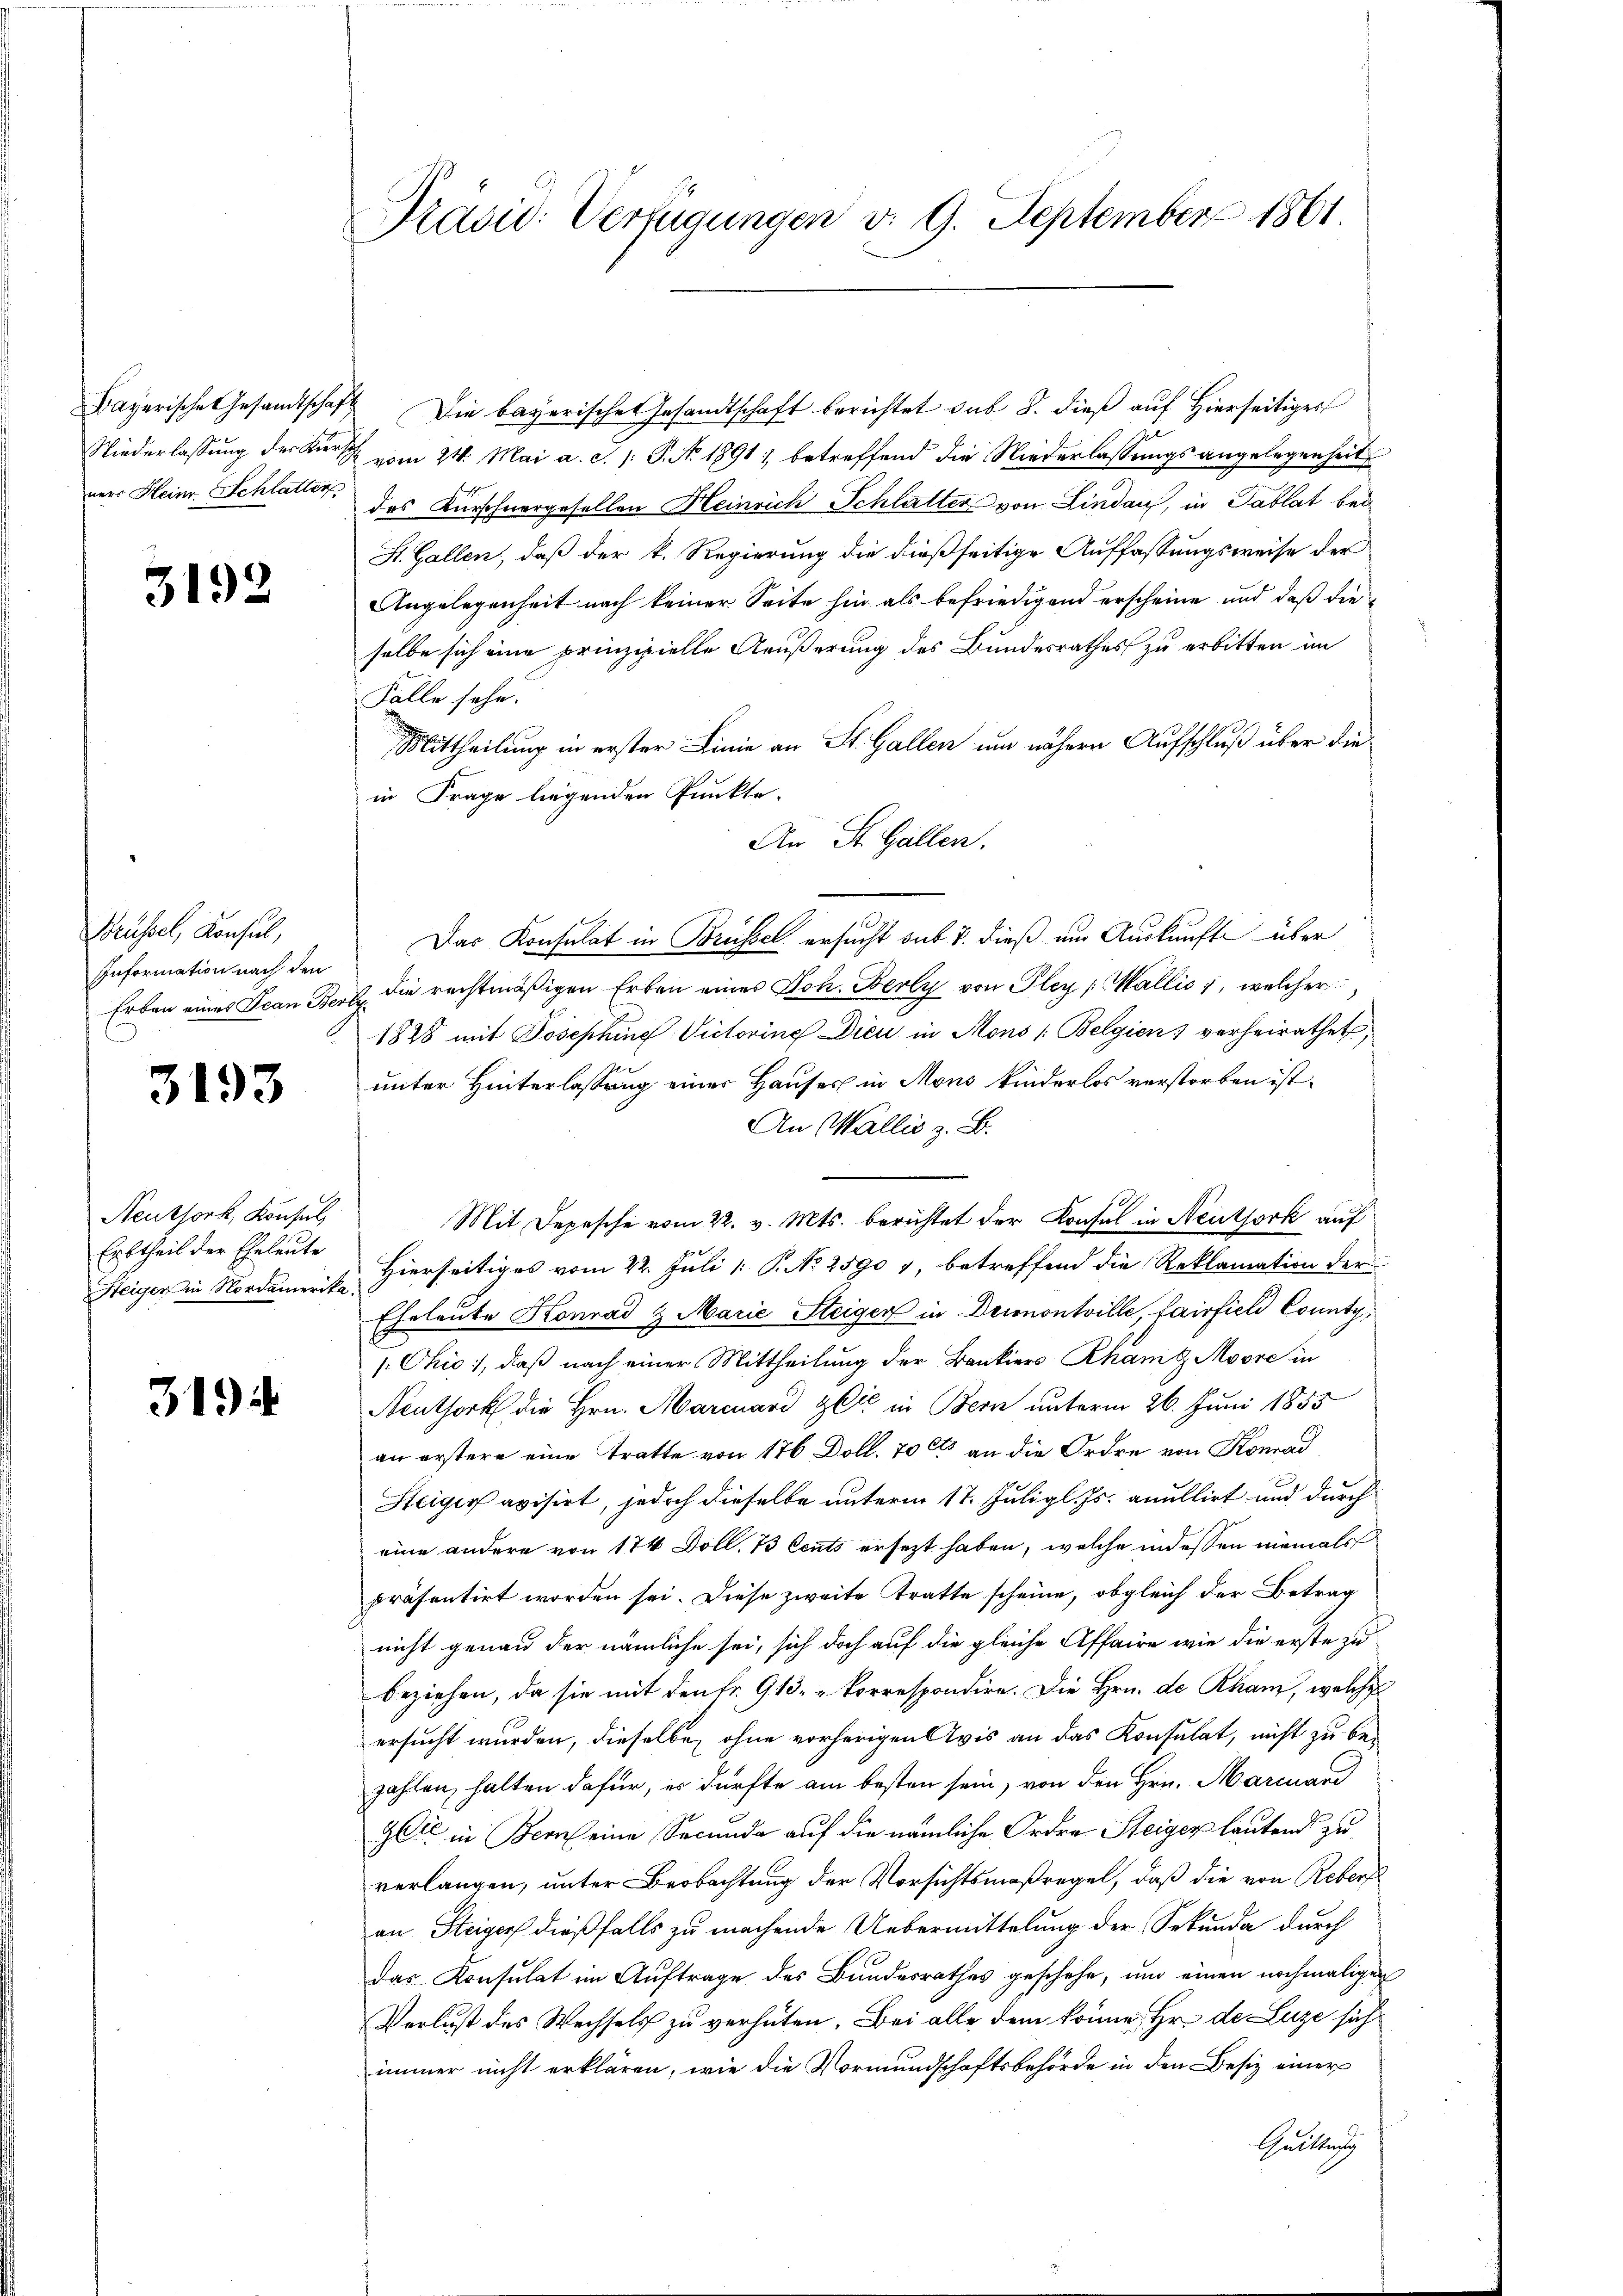
ners Heinr. Schlatter

3192

Brüssel, Konsul,
Information nach den

3193

Neuksork, Konsul
Erbtheil der Eheleute

3194

Präsid. Verfügungen v. 9. September 1861.

Bayerische Gesandtschaft. Die bayerische Gesandtschaft berichtet sub 8. dieß auf hierseitiges
Niederlassung des Zürich vom 24. Mai a. c. 1: P. Nr. 1891) betreffend die Niederlassungsangelegenheit
das Kürschnergesellen Heinrich Schlatter von Lindau, in Tablat bei
St. Gallen, daß der k. Regierung die dießseitige Auffassungsweise der
Angelegenheit nach keiner Seite hin als befriedigend erscheine und daß die
selbe sich eine prinzipielle Aeußerung des Bundesrathes zu erbitten im
Fälle sehe.
Mittheilung in erster Linie an St. Gallen um nähern Aufschluß über die
in Frage liegenden Punkte.
An St. Gallen.
Das Konsulat in Brüsse ersucht sub 7. dieß um Auskunft über
Erben eines Jean Bern die rechtmäßigen Erben eines Joh. Berly von Pley Wallis 1, welcher
1888 mit Josephine Victorine Dien in Mons (Belgien) verheirathet,
unter Hinterlassung einer Hauses in Mons kinderlos verstorben ist.
An Wallis z. B.
Mit Depesche vom 22. v. Mts. berichtet der Konsul in Neuthork auf
Steiger in Nordamerit hierseitiges vom 22. Juli 1. P. No 2590 y, betreffend die Reklamation der
Eheleute Konrad & Marie Steiger in Deimontville, fairfiel County
Chio, daß nach einer Mittheilung der Bankiers Rham g Moore in
Aeuthork die Hrn. Marcuard Zeit in Bern unterm 26. Juni 1855
an erstere eine tratte von 176 Doll. 700 an die Ordre von Konrad
Steiger avisirt, jedoch dieselbe unterm 17. Juligl. Js. anullirt und durch
eine andere von 174 Doll. 73 Cents ersezt haben, welche indessen niemals
präsentirt worden sei. Diese zweite tratte scheine, obgleich der Betrag
nicht genau der nämliche sei, sich doch auf die gleiche Affaire wie die erste zu
beziehen, da sie mit den Fr. 913. u Vorrespondire. Die Hrn. de Rham, welches
ersucht wurden, dieselbe ohne vorherigen Avis an das Konsulat, nicht zu be-
zahlen, halten dafür, es dürfte am besten sein, von den Hrn. Marcuard
get in Bern eine Secunda auf die nämliche Ordre Steiger lautends zu
verlangen, unter Beobachtung der Vorsichtsmaßregel, daß die von Rebers
an Steiger dießfalls zu machende Uebermittelung der Sekunda durch
das Konsulat im Auftrage des Bundesrathes geschehe, und einen nochmaligen
Verlust des Wechsels zu verhüten. Bei alle dem könne Hr. de Luze sich
immer nicht erklären, wie die Vormundschaftsbehörde in den Besiz einer
Geltung